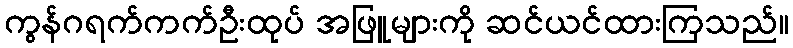
ကွန်ဂရက်ကက်ဦးထုပ် အဖြူများကို ဆင်ယင်ထားကြသည်။